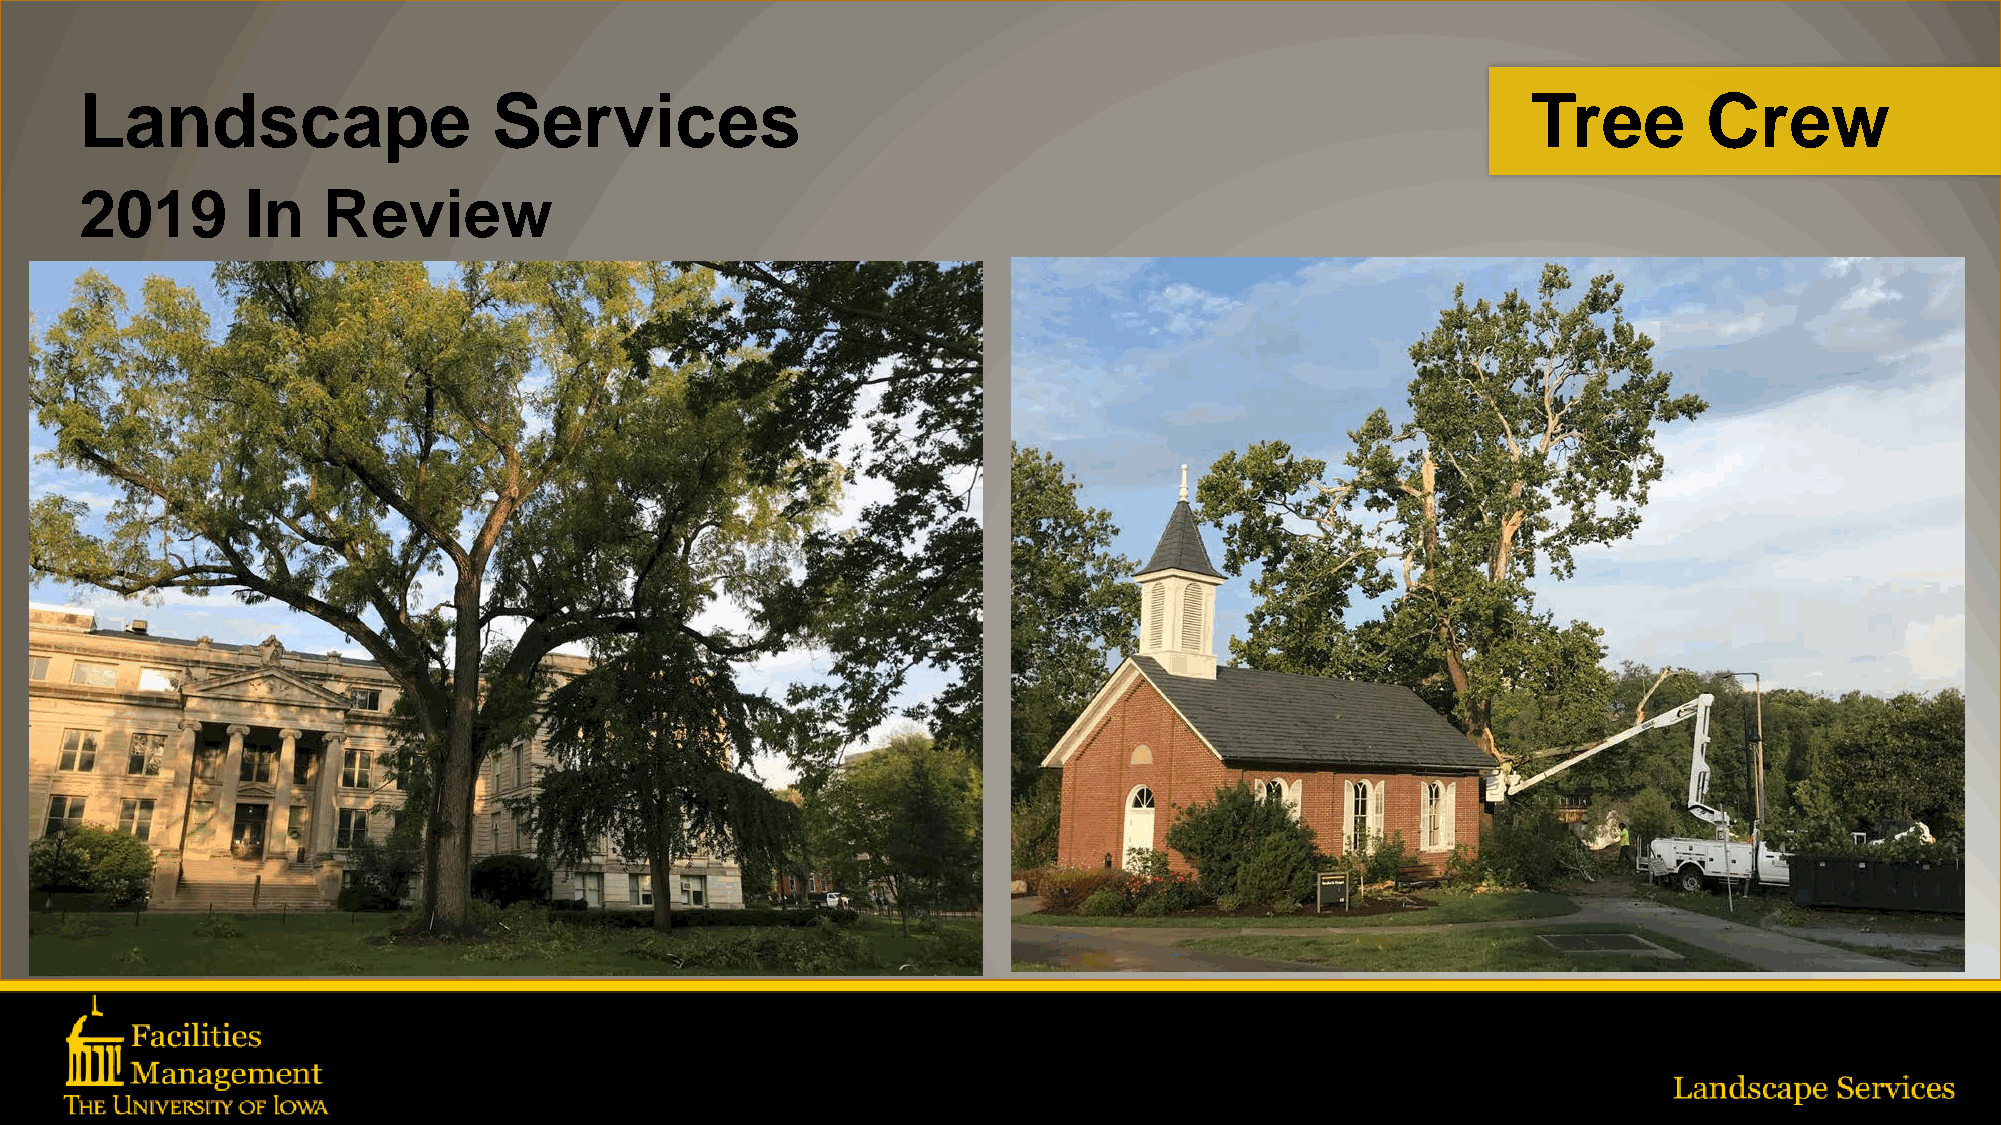
Landscape                   Services                                                            Tree        Crew
 2019       In   Review